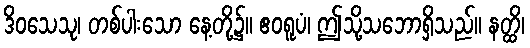
ဒိဝသေသု၊ တစ်ပါးသော နေ့တို့၌။ ဧဝရူပံ၊ ဤသို့သဘောရှိသည်။ နတ္ထိ၊